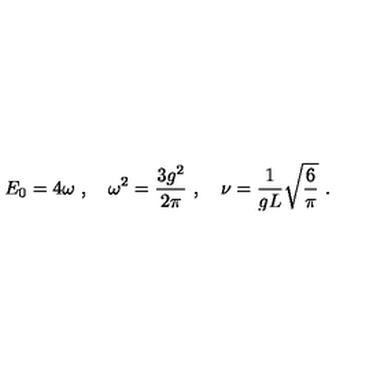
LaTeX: E _ { 0 } = 4 \omega \ , \quad \omega ^ { 2 } = \frac { 3 g ^ { 2 } } { 2 \pi } \ , \quad \nu = \frac { 1 } { g L } \sqrt { \frac { 6 } { \pi } } \ .